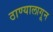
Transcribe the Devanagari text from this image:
ठाण्यालागून